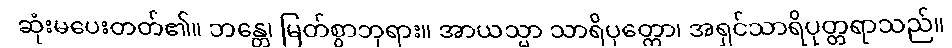
ဆုံးမပေးတတ်၏။ ဘန္တေ၊ မြတ်စွာဘုရား။ အာယသ္မာ သာရိပုတ္တော၊ အရှင်သာရိပုတ္တရာသည်။